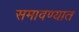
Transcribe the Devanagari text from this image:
समावण्यात